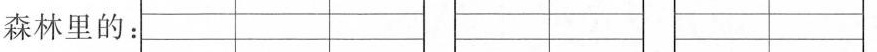
森林里的：